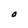
Character: O